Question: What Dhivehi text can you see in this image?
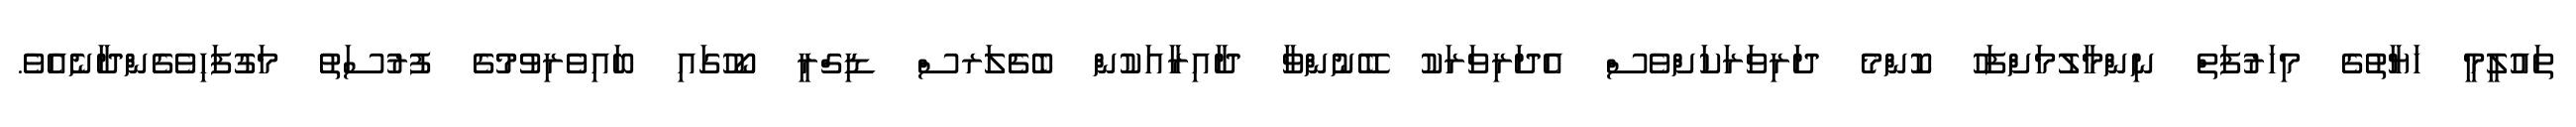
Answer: ތައުލީމީ ހަޔާތުގެ މިހަރުފަތް ނިންމާލުމަށްފަހު ކޮންމެ ދަރިވަރަކަށްވެސް އެދަރިވަރަކު ބޭނުންވާ ދާއިރާއަކުން ބެޗެލަރސް ޑިގްރީ ކޯހުގައި ބައިވެރިވުމުގެ ފުރުސަތު މަގުފަހިވެގެންދާނެއެވެ.